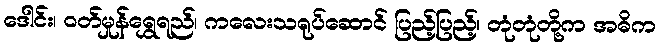
ဒေါင်း၊ ဝတ်မှုန်ရွှေရည်၊ ကလေးသရုပ်ဆောင် ပြည့်ပြည့်၊ တုံတုံတို့က အဓိက